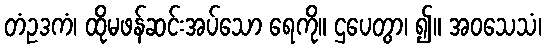
တံဥဒကံ၊ ထိုမဖန်ဆင်းအပ်သော ရေကို။ ဌပေတွာ၊ ၍။ အဝသေသံ၊